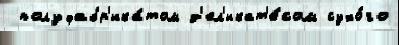
 полуфабр'ика́том д'ел'икат'е́сом сухо́го